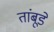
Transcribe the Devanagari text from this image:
तांबूडे